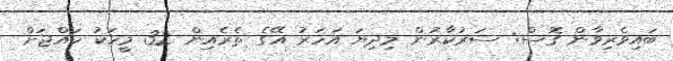
ބައިވެރިވާން ގޮސް: ސަރުކާރުން މިދިޔަ އަހަރު އޭގެ ތެރެއިން 32 މީީހަކު ހައްޖަށް